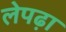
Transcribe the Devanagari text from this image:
लेपढ़ा